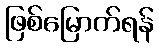
ဖြစ်မြောက်ရန်